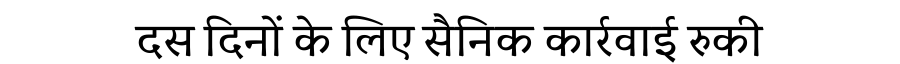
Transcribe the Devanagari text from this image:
दस दिनों के लिए सैनिक कार्रवाई रुकी